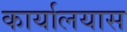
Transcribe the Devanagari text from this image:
कार्यालयास